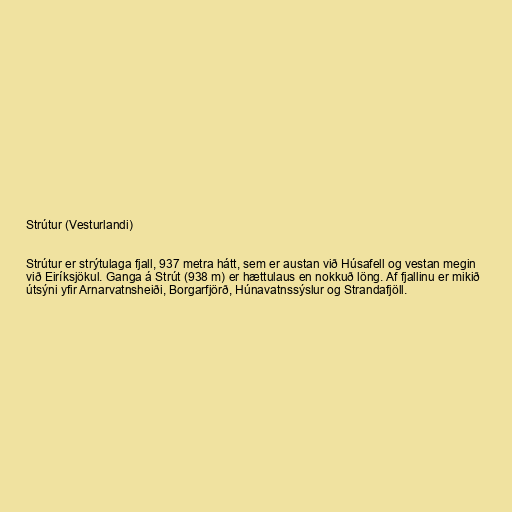
Strútur (Vesturlandi)

Strútur er strýtulaga fjall, 937 metra hátt, sem er austan við Húsafell og vestan megin
við Eiríksjökul. Ganga á Strút (938 m) er hættulaus en nokkuð löng. Af fjallinu er mikið
útsýni yfir Arnarvatnsheiði, Borgarfjörð, Húnavatnssýslur og Strandafjöll.